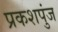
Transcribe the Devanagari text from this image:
प्रकशपुंज